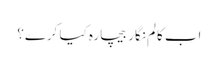
اب کالم نگار بیچارہ کیا کرے؟